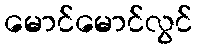
မောင်မောင်လွင်